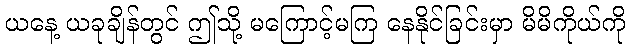
ယနေ့ ယခုချိန်တွင် ဤသို့ မကြောင့်မကြ နေနိုင်ခြင်းမှာ မိမိကိုယ်ကို